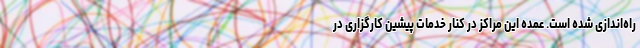
راه‌اندازی شده است. عمده این مراکز در کنار خدمات پیشین کارگزاری در